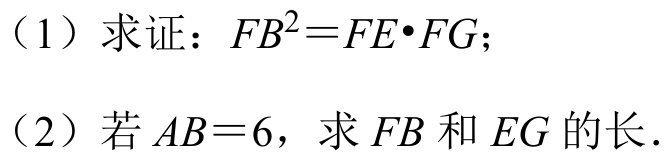
（1）求证：\(FB^{2}=FE\cdot FG\)；
（2）若 \(AB = 6\)，求 \(FB\) 和 \(EG\) 的长．